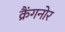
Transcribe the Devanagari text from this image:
क्रैंगनोर